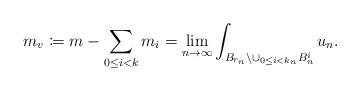
LaTeX: \begin{align*}m_v\coloneqq m-\sum_{0\leq i<k}m_i=\lim_{n\to\infty}\int_{B_{r_n}\setminus\cup_{0\leq i<k_n}B^i_n}u_n.\end{align*}